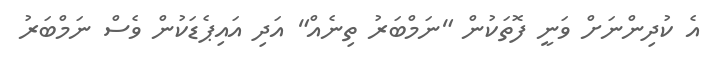
އެ ކުދިންނަށް ވަނީ ފޮތަކުން "ނަމްބަރު ތިނެއް" އަދި އައިޕެޑަކުން ވެސް ނަމްބަރު